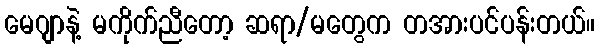
မေဂျာနဲ့ မကိုက်ညီတော့ ဆရာ/မတွေက တအားပင်ပန်းတယ်။